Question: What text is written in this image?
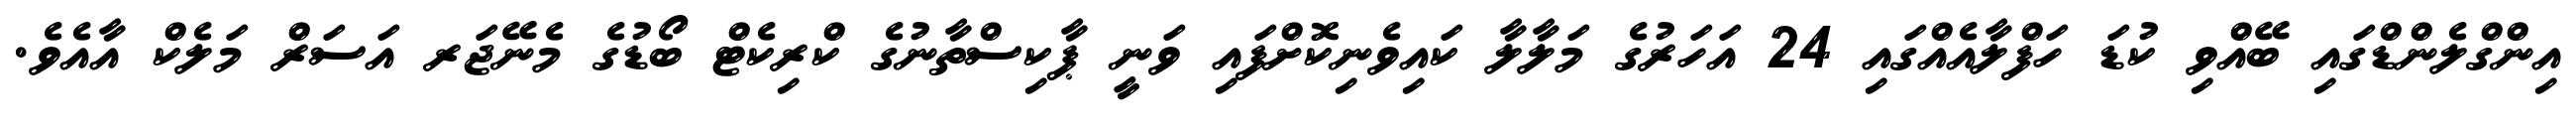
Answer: އިންގްލެންޑްގައި ބޭއްވި ކުޑަ ހަފްލާއެއްގައި 24 އަހަރުގެ މަލާލާ ކައިވެނިކޮށްފައި ވަނީ ޕާކިސްތާނުގެ ކްރިކެޓް ބޯޑުގެ މެނޭޖަރ އަސަރް މަލެކް އާއެވެ.